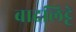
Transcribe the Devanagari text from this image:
बादलिट्टे